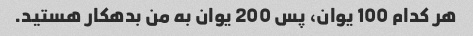
هر کدام 100 یوان، پس 200 یوان به من بدهکار هستید.